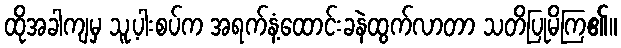
ထိုအခါကျမှ သူ့ပါးစပ်က အရက်နံ့ထောင်းခနဲထွက်လာတာ သတိပြုမိကြ၏။